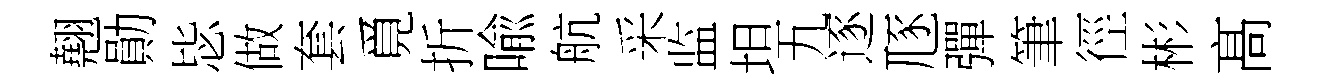
翹勛毖做套覓折喩航采监坦九逐豗彈筆徑彬髙